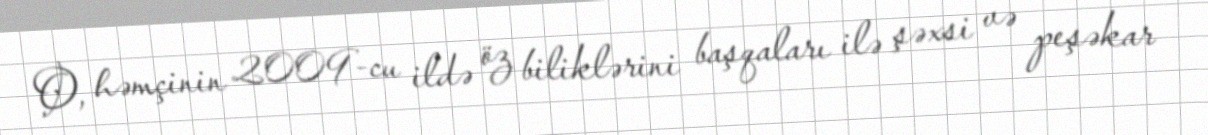
O, həmçinin 2009-cu ildə öz biliklərini başqaları ilə şəxsi və peşəkar